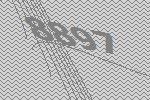
8897